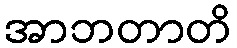
အာဘတာတိ